Scottish Certificate of Education, 1962
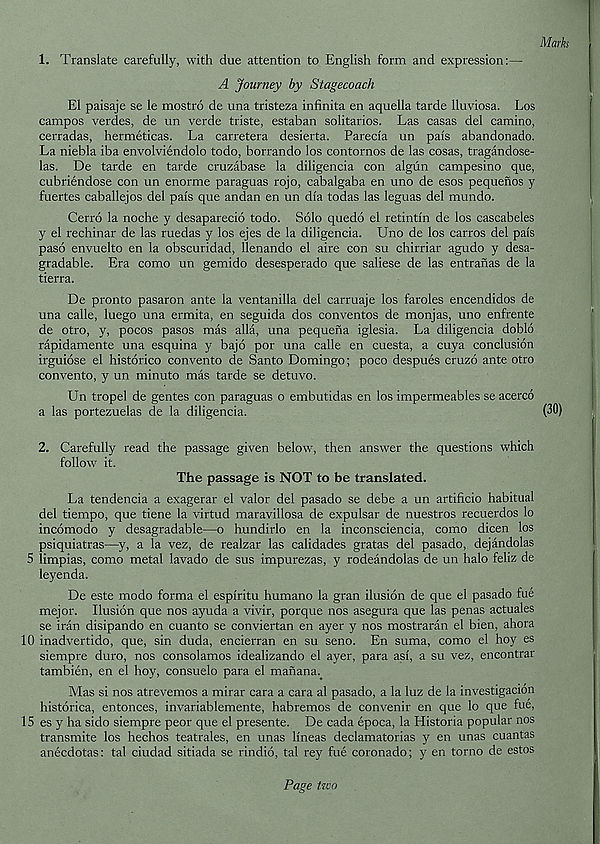
Marks
1. Translate carefully, with due attention to English form and expression:—
A Journey by Stagecoach
El paisaje se le mostro de una tristeza infinita en aquella tarde lluviosa. Los
campos verdes, de un verde triste, estaban solitarios. Las casas del camino,
cerradas, hermeticas. La carretera desierta. Parecia un pais abandonado.
La niebla iba envolviendolo todo, borrando los contornos de las cosas, tragandose-
las. De tarde en tarde cruzabase la diligencia con algun campesino que,
cubriendose con un enorme paraguas rojo, cabalgaba en uno de esos pequenos y
fuertes caballejos del pais que andan en un dia todas las leguas del mundo.
Cerro la noche y desaparecio todo. Solo quedo el retintin de los cascabeles
y el rechinar de las ruedas y los ejes de la diligencia. Uno de los carros del pais
paso envuelto en la obscuridad, llenando el aire con su chirriar agudo y desa-
gradable. Era como un gemido desesperado que saliese de las entranas de la
tierra.
De pronto pasaron ante la ventanilla del carruaje los farcies encendidos de
una calle, luego una ermita, en seguida dos conventos de monjas, uno enfrente
de otro, y, pocos pasos mas alia, una pequena iglesia. La diligencia doblo
rapidamente una esquina y bajo por una calle en cuesta, a cuya conclusion
irguiose el historico convento de Santo Domingo; poco despues cruzo ante otro
convento, y un minuto mas tarde se detuvo.
Un tropel de gentes con paraguas o embutidas en los impermeables se acerco
a las portezuelas de la diligencia.
2. Carefully read the passage given below, then answer the questions which
follow it.
The passage is NOT to be translated.
La tendencia a exagerar el valor del pasado se debe a un artificio habitual
del tiempo, que tiene la virtud maravillosa de expulsar de nuestros recuerdos lo
incomodo y desagradable—o hundirlo en la inconsciencia, como dicen los
psiquiatras—y, a la vez, de realzar las calidades gratas del pasado, dejandolas
5 limpias, como metal lavado de sus impurezas, y rodeandolas de un halo feliz de
leyenda.
De este modo forma el espiritu humano la gran ilusion de que el pasado fue
mejor. Ilusion que nos ayuda a vivir, porque nos asegura que las penas actuales
se iran disipando en cuanto se conviertan en ayer y nos mostraran el bien, ahora
10 inadvertido, que, sin duda, encierran en su seno. En suma, como el hoy es
siempre duro, nos consolamos idealizando el ayer, para asi, a su vez, encontrar
tambien, en el hoy, consuelo para el manana..
Mas si nos atrevemos a mirar cara a cara al pasado, a la luz de la investigacion
historica, entonces, invariablemente, habremos de convenir en que lo que fue,
15 es y ha sido siempre peor que el presente. De cada epoca, la Historia popular nos
transmite los hechos teatrales, en unas lineas declamatorias y en unas cuantas
anecdotas: tal ciudad sitiada se rindio, tal rey fue coronado; y en torno de estos
(30)
Page tzco